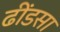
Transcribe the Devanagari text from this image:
ढींडसा